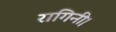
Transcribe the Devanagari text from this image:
रागिनी।